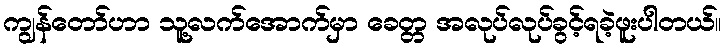
ကျွန်တော်ဟာ သူ့လက်အောက်မှာ ခေတ္တ အလုပ်လုပ်ခွင့်ရခဲ့ဖူးပါတယ်။